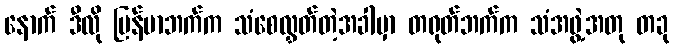
နောက် ဒီလို မြန်မာဘက်က သံစေလွှတ်တဲ့အခါမှာ တရုတ်ဘက်က သံအဖွဲ့အတု တခု